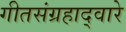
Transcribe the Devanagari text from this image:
गीतसंग्रहाद्वारे